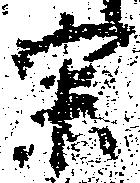
宗